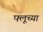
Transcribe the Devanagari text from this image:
फ्लूच्या